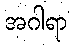
အဂါရာ